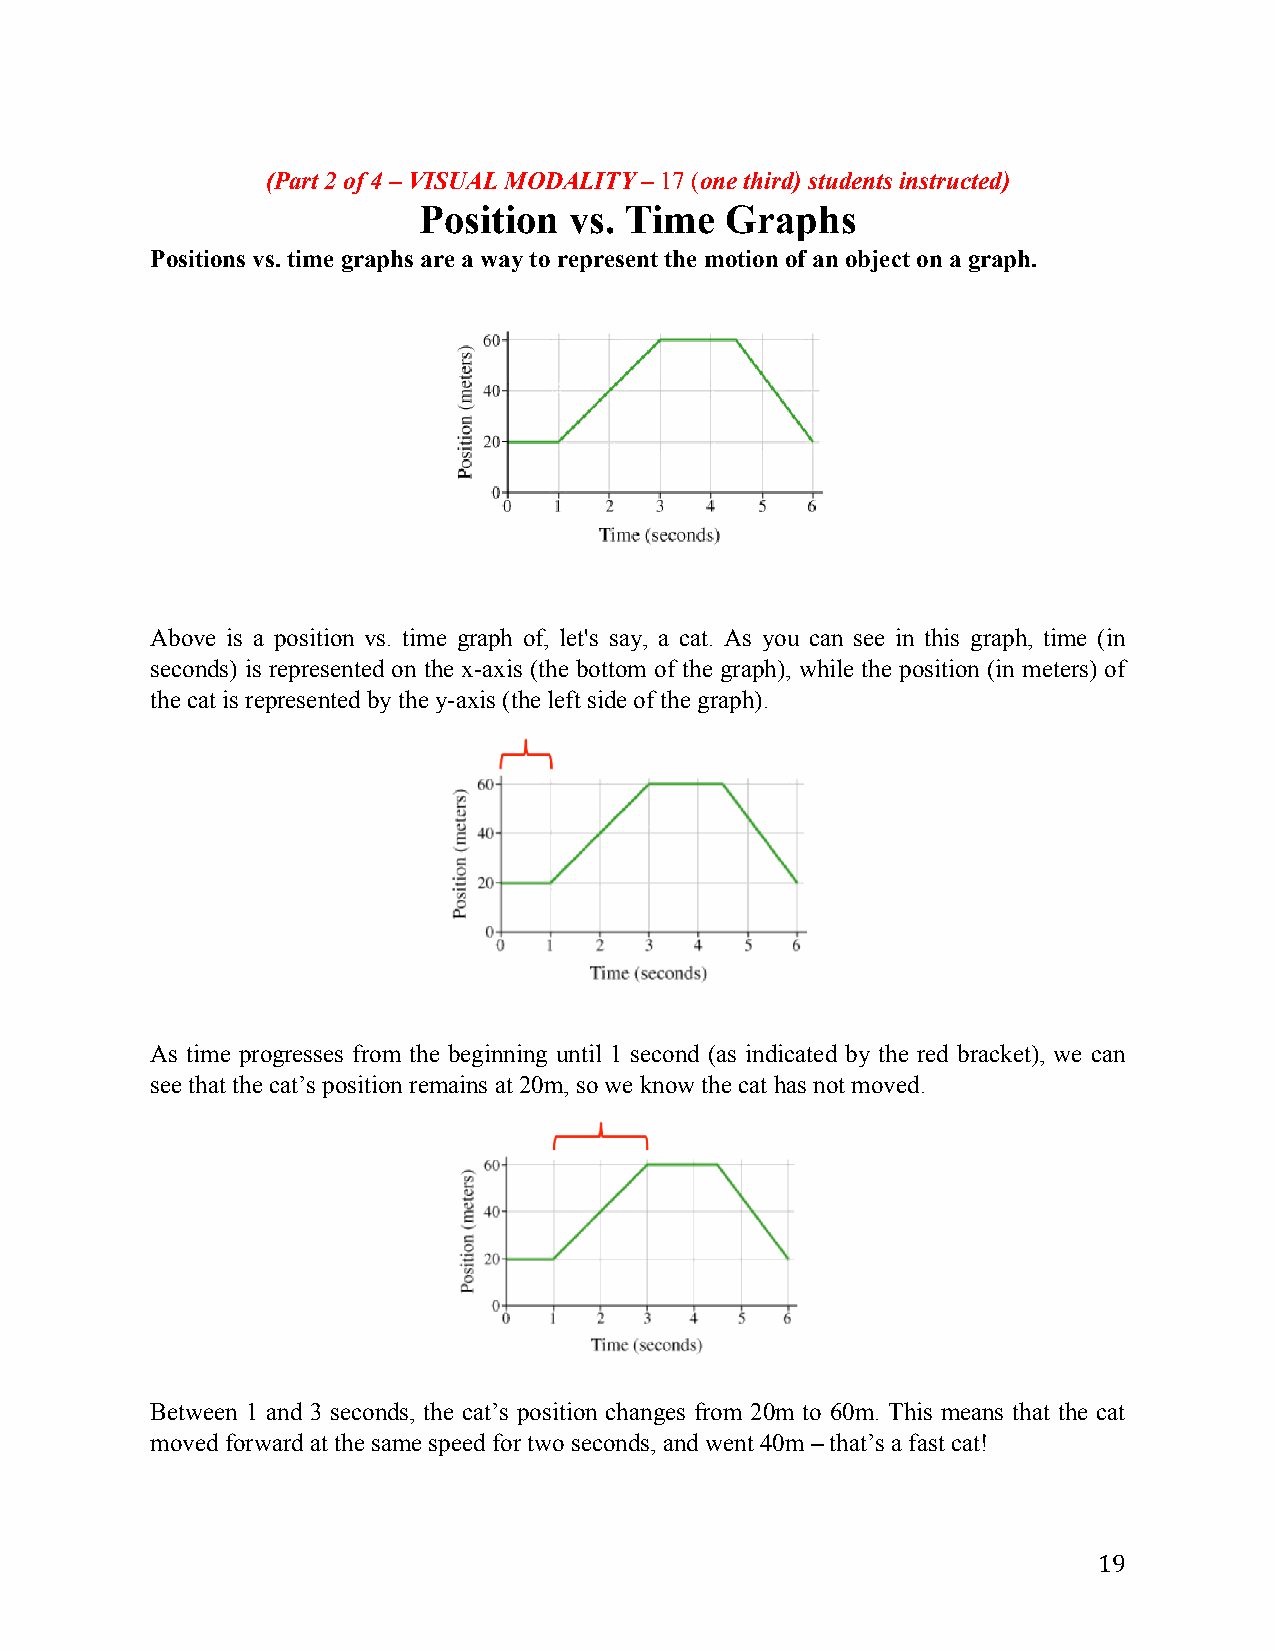
(Part 2 of 4 – VISUAL MODALITY – 17 (one third) students instructed)
 Position  vs. Time  Graphs
 Positions vs. time graphs are a way to represent the motion of an object on a graph.
 Above is a position vs. time graph of, let's say, a cat. As you can see in this graph, time (in
 seconds) is represented on the x-axis (the bottom of the graph), while the position (in meters) of
 the cat is represented by the y-axis (the left side of the graph).
 As time progresses from the beginning until 1 second (as indicated by the red bracket), we can
 see that the cat’s position remains at 20m, so we know the cat has not moved.
 Between 1 and 3 seconds, the cat’s position changes from 20m to 60m. This means that the cat
 moved forward at the same speed for two seconds, and went 40m – that’s a fast cat!
 19